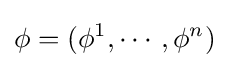
\phi =(\phi ^{1},\cdots ,\phi ^{n})